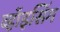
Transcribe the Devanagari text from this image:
व्हॉइसिंग